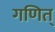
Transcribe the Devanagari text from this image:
गणित्